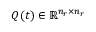
Q ( t ) \in \mathbb { R } ^ { n _ { r } \times n _ { r } }